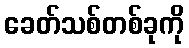
ခေတ်သစ်တစ်ခုကို